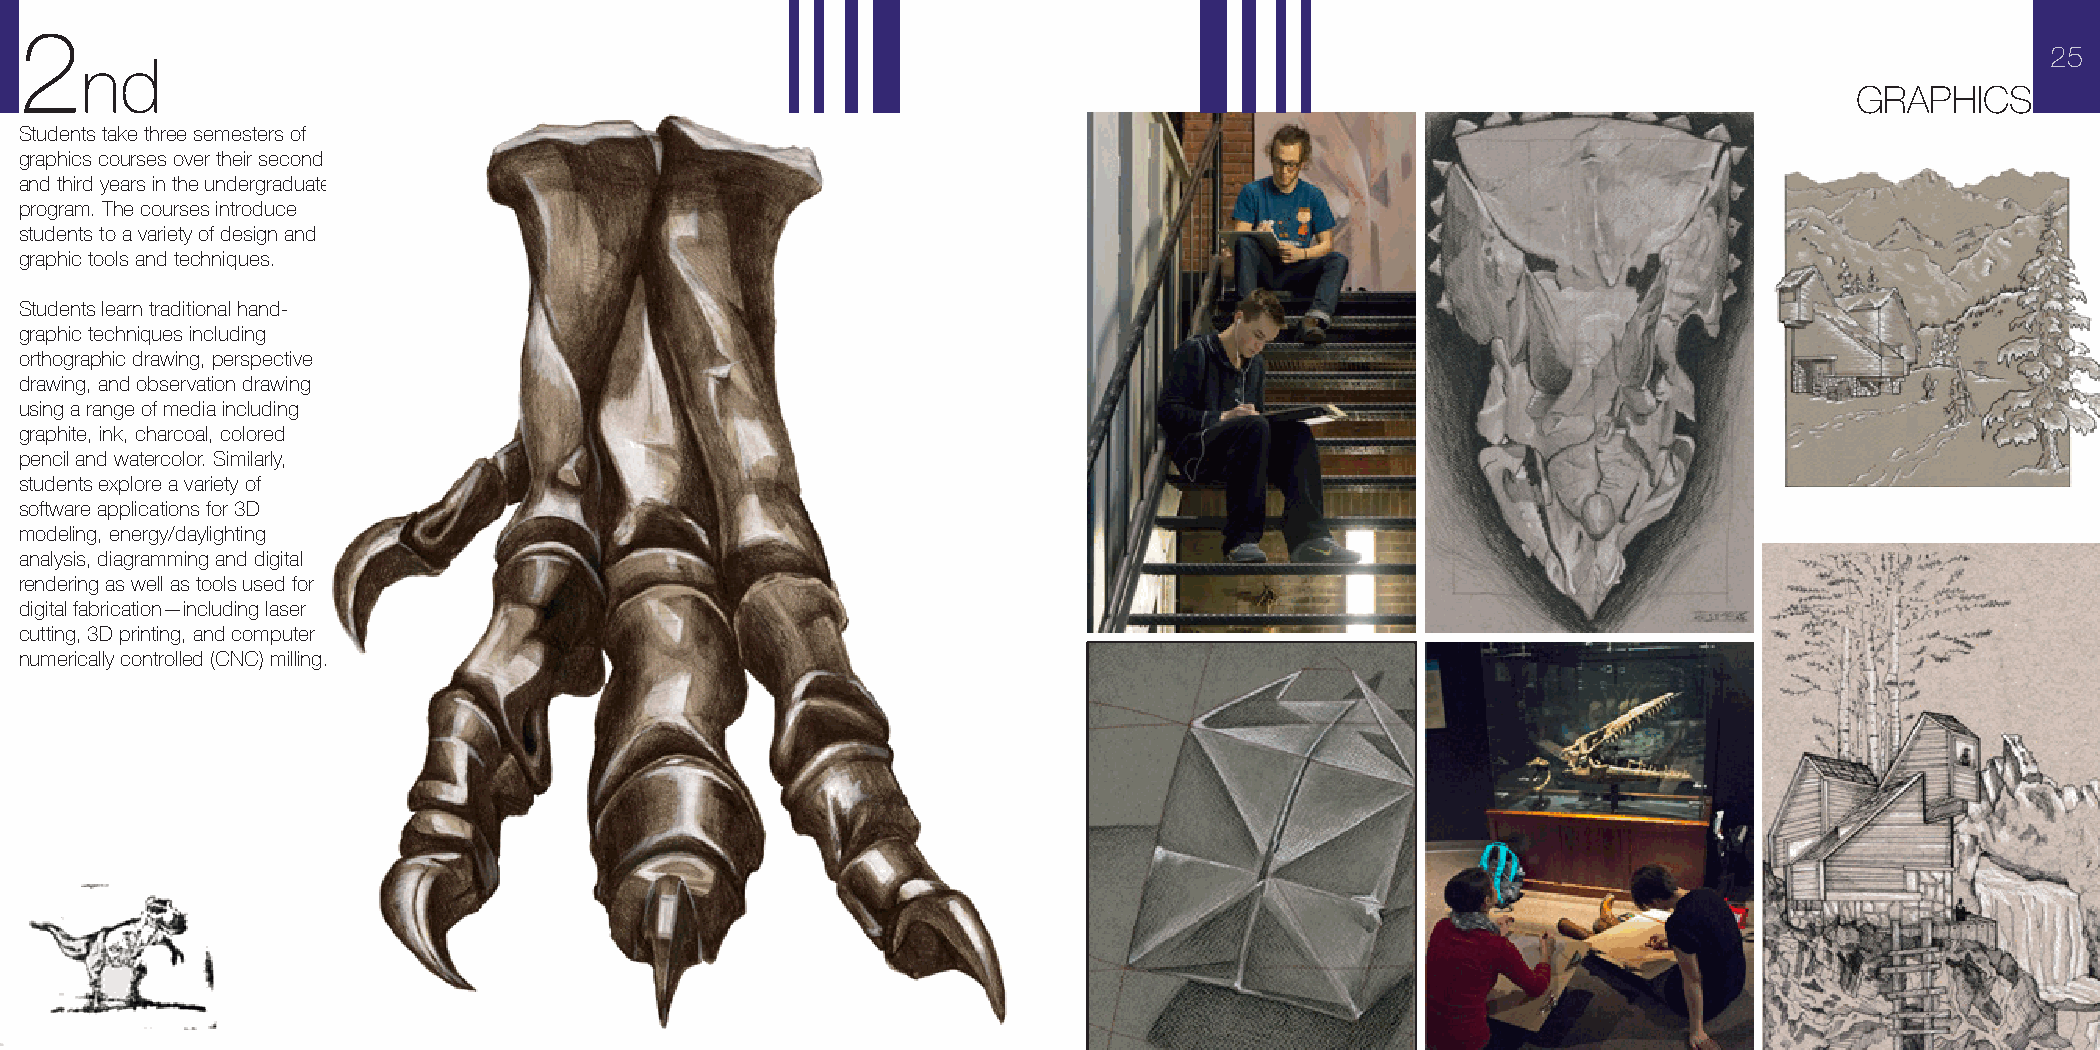
2
 25
 nd
 GRAPHICS
 Students take three semesters of
 graphics courses over their second
 and third years in the undergraduate
 program. The courses introduce
 students to a variety of design and
 graphic tools and techniques.
 Students learn traditional hand-
 graphic techniques including
 orthographic drawing, perspective
 drawing, and observation drawing
 using a range of media including
 graphite, ink, charcoal, colored
 pencil and watercolor. Similarly,
 students explore a variety of
 software applications for 3D
 modeling, energy/daylighting
 analysis, diagramming and digital
 rendering as well as tools used for
 digital fabrication—including laser
 cutting, 3D printing, and computer
 numerically controlled (CNC) milling.